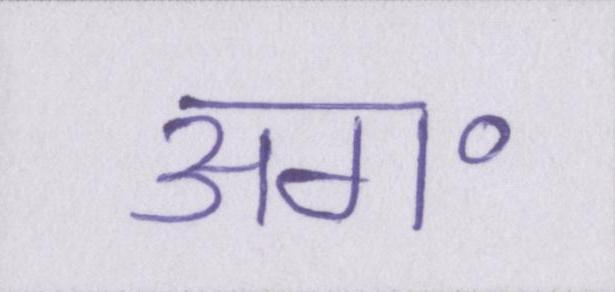
अग॰